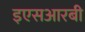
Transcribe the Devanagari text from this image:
इएसआरबी